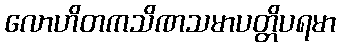
လောဟိတကသိဏသမာပတ္တိပရမာ